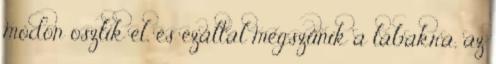
módon oszlik el, és ezáltal megszűnik a lábakra, az